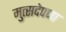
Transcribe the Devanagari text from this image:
मुत्सदेपणा